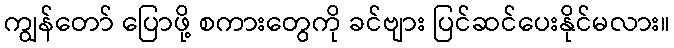
ကျွန်တော် ပြောဖို့ စကားတွေကို ခင်ဗျား ပြင်ဆင်ပေးနိုင်မလား။